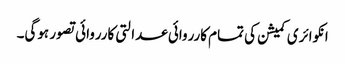
انکوائری کمیشن کی تمام کارروائی عدالتی کارروائی تصور ہوگی۔